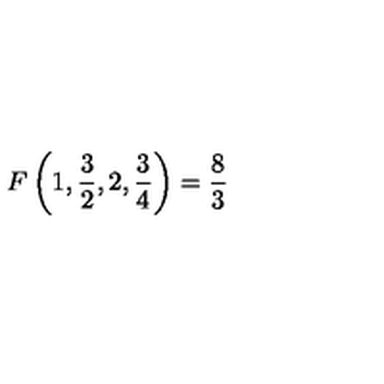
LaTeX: F \left( 1 , { \frac { 3 } { 2 } } , 2 , { \frac { 3 } { 4 } } \right) = { \frac { 8 } { 3 } }